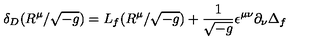
\delta _ { D } ( R ^ { \mu } / \sqrt { - g } ) = L _ { f } ( R ^ { \mu } / \sqrt { - g } ) + \frac { 1 } { \sqrt { - g } } \epsilon ^ { \mu \nu } \partial _ { \nu } \Delta _ { f }